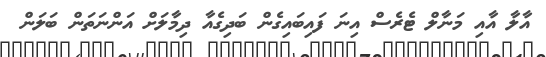
އާލާ އާއި މަނާލް ޓެރެސް އިނަ ފައިބައިގެން ބަދިގެއާ ދިމާލަށް އަންނަތަން ބަލަން